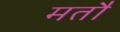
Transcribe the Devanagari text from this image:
मतौ